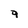
Character: 9